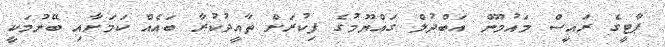
ޕާޓީގެ ރައީސް މައުމޫން އަބްދުލް ގައްޔޫމުގެ ފިކުރަށް ތާއީދުކުރާ ބައެއް ކަމަށާއި ބޭނުމަކީ